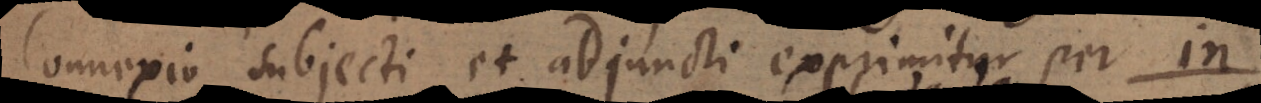
Connexio subjecti et adjuncti exprimitur per i